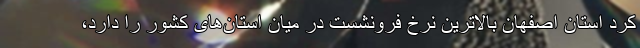
کرد استان اصفهان بالاترین نرخ فرونشست در میان استان‌های کشور را دارد،